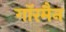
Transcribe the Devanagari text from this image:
गाॅरमैन